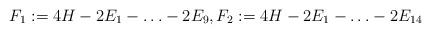
LaTeX: \begin{align*}F_1:=4H- 2E_1-\ldots - 2E_9, F_2:=4H-2E_1-\ldots-2E_{14}\end{align*}